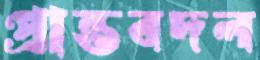
প্রান্তবদল